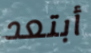
أبتعد